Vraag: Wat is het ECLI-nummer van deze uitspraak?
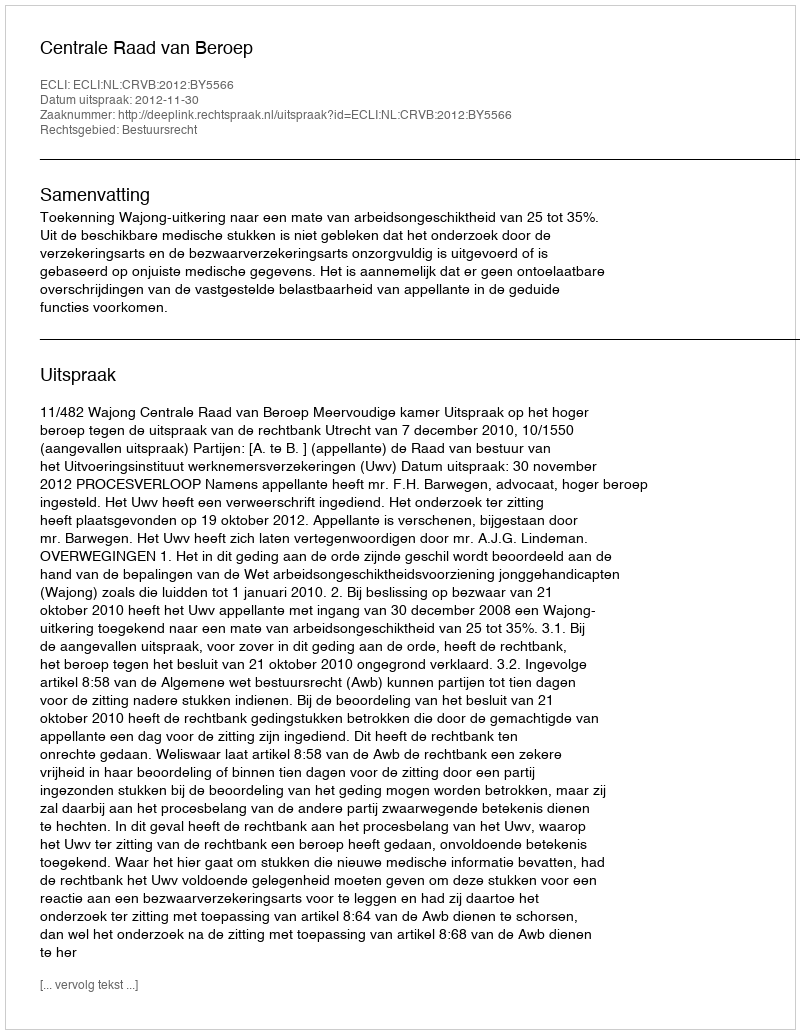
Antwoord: ECLI:NL:CRVB:2012:BY5566